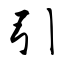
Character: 引